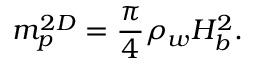
m _ { p } ^ { 2 D } = \frac { \pi } { 4 } \rho _ { w } H _ { b } ^ { 2 } .